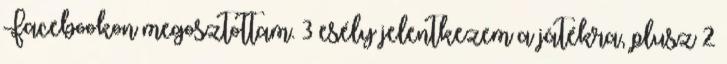
Facebookon megosztottam. 3 esély jelentkezem a játékra, plusz 2